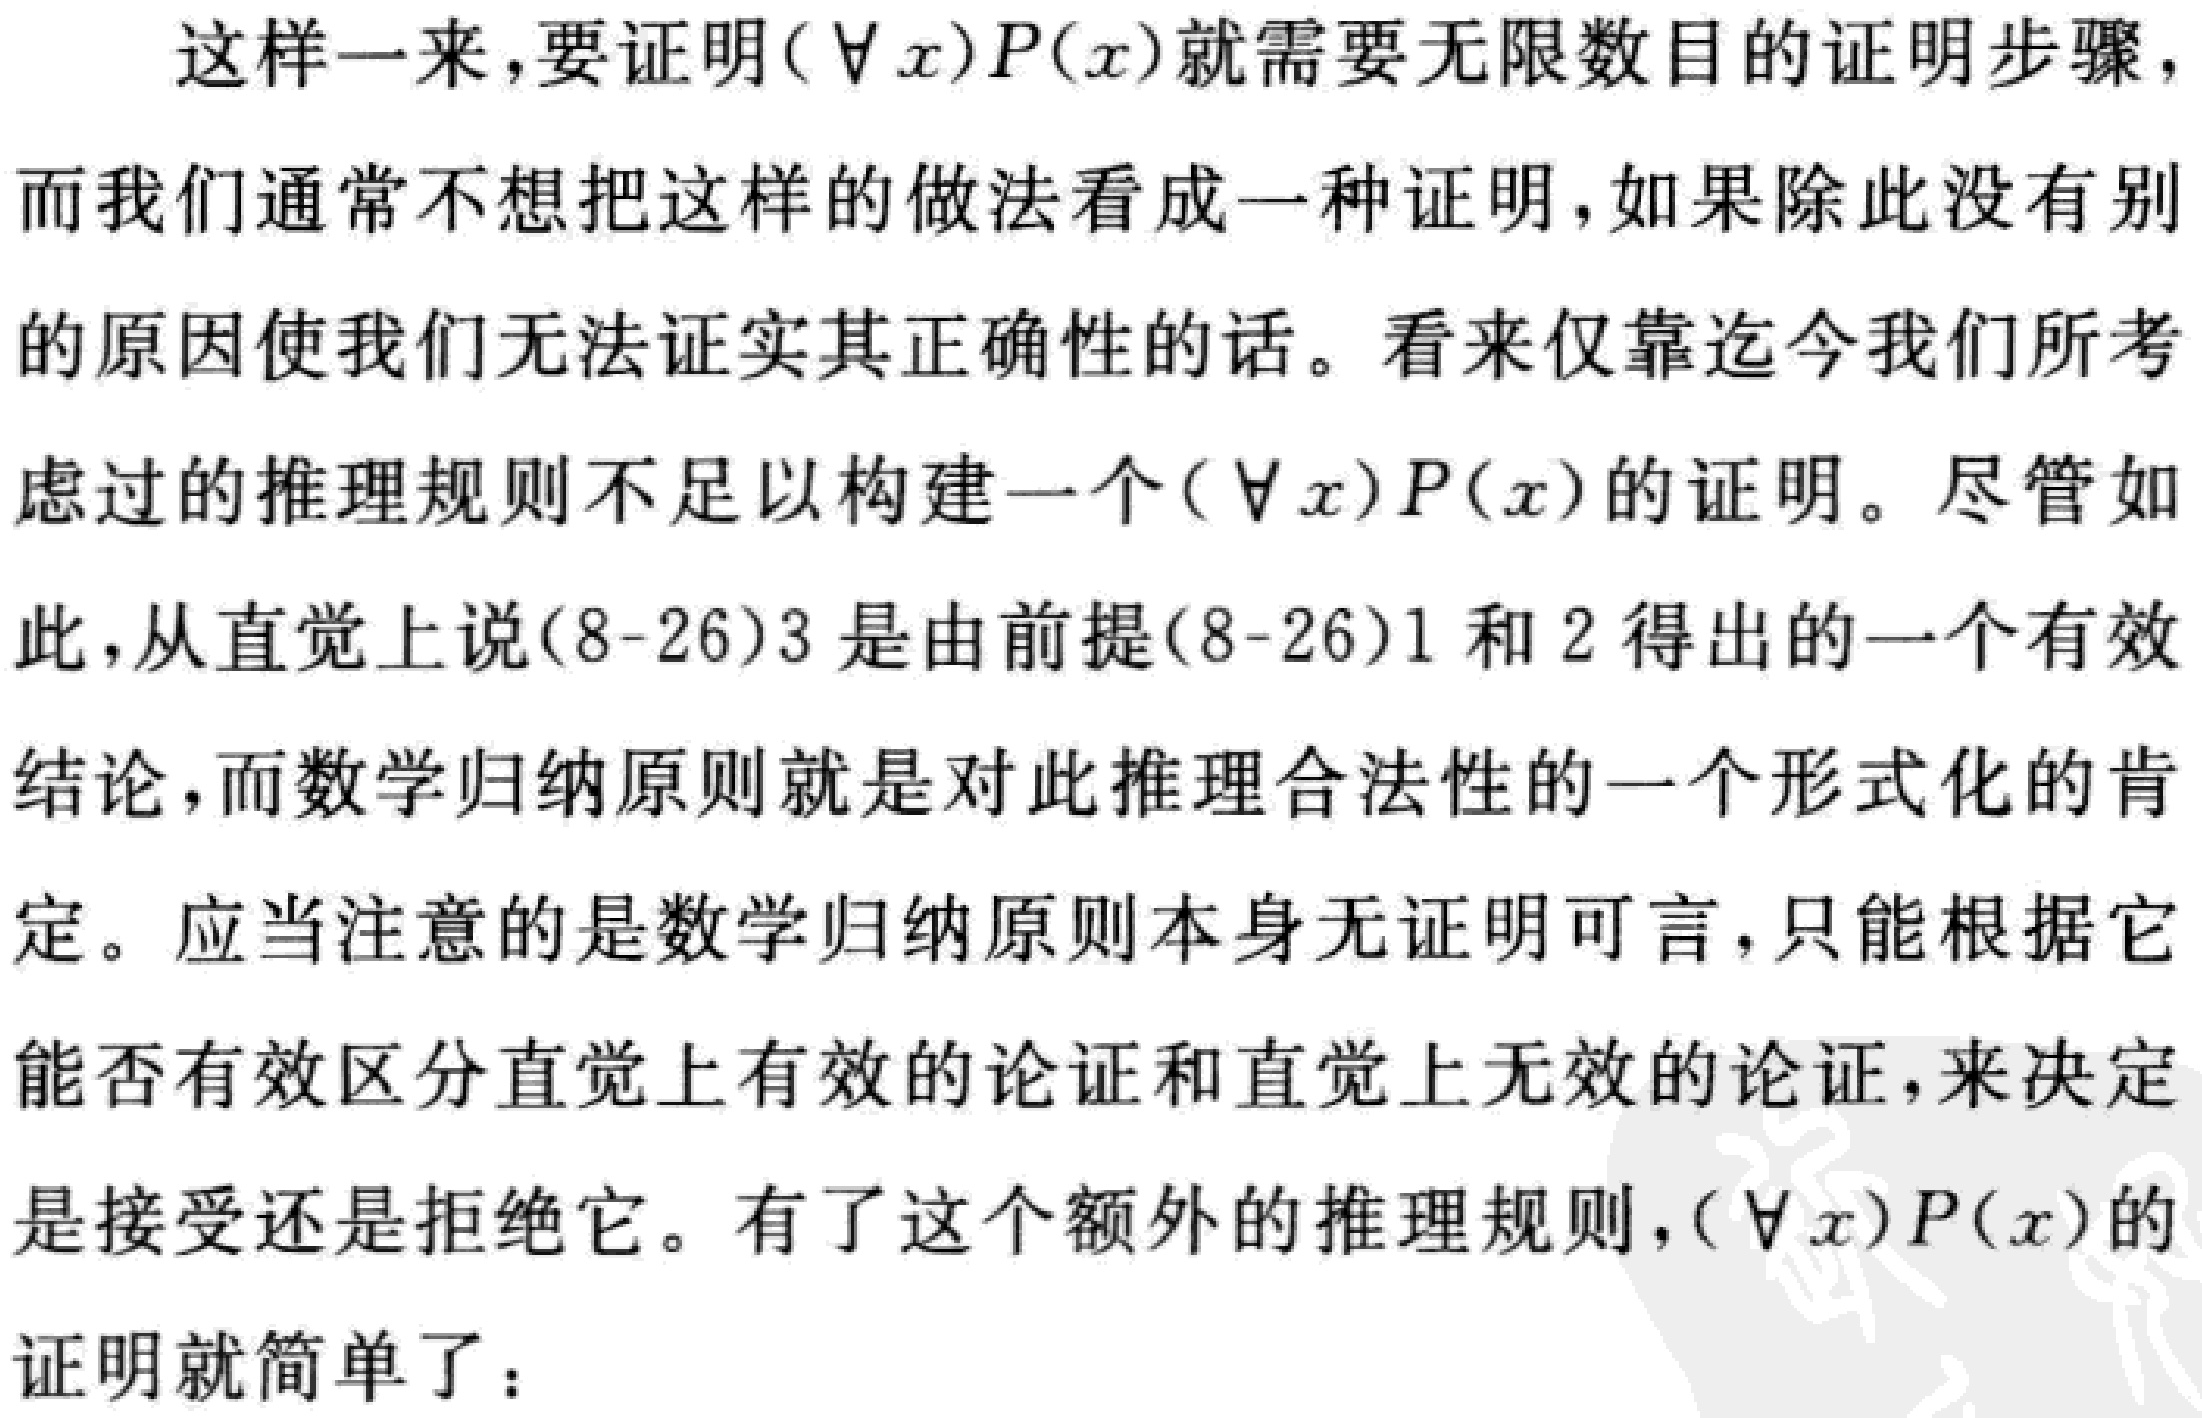
这样一来，要证明$(\forall x)P(x)$就需要无限数目的证明步骤，而我们通常不想把这样的做法看成一种证明，如果除此没有别的原因使我们无法证实其正确性的话。看来仅靠迄今我们所考虑过的推理规则不足以构建一个$(\forall x)P(x)$的证明。尽管如此，从直觉上说(8 - 26)3是由前提(8 - 26)1和2得出的一个有效结论，而数学归纳原则就是对此推理合法性的一个形式化的肯定。应当注意的是数学归纳原则本身无证明可言，只能根据它能否有效区分直觉上有效的论证和直觉上无效的论证，来决定是接受还是拒绝它。有了这个额外的推理规则，$(\forall x)P(x)$的证明就简单了：